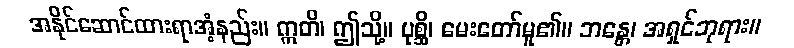
အနိုင်ဆောင်ထားရာအံ့နည်း။ ဣတိ၊ ဤသို့။ ပုစ္ဆိ၊ မေးတော်မူ၏။ ဘန္တေ၊ အရှင်ဘုရား။